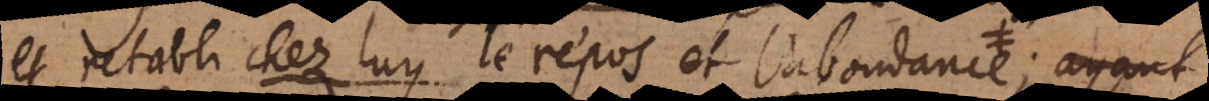
et retabli chez luy le répos et l’abondance dan